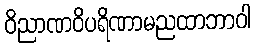
ဝိညာဏဝိပရိဏာမညထာဘာဝါ